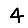
Digit: 4